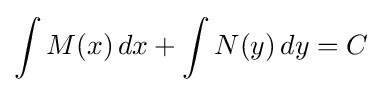
\int M(x)\,dx+\int N(y)\,dy=C